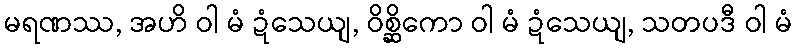
မရဏဿ, အဟိ ဝါ မံ ဍံသေယျ, ဝိစ္ဆိကော ဝါ မံ ဍံသေယျ, သတပဒီ ဝါ မံ